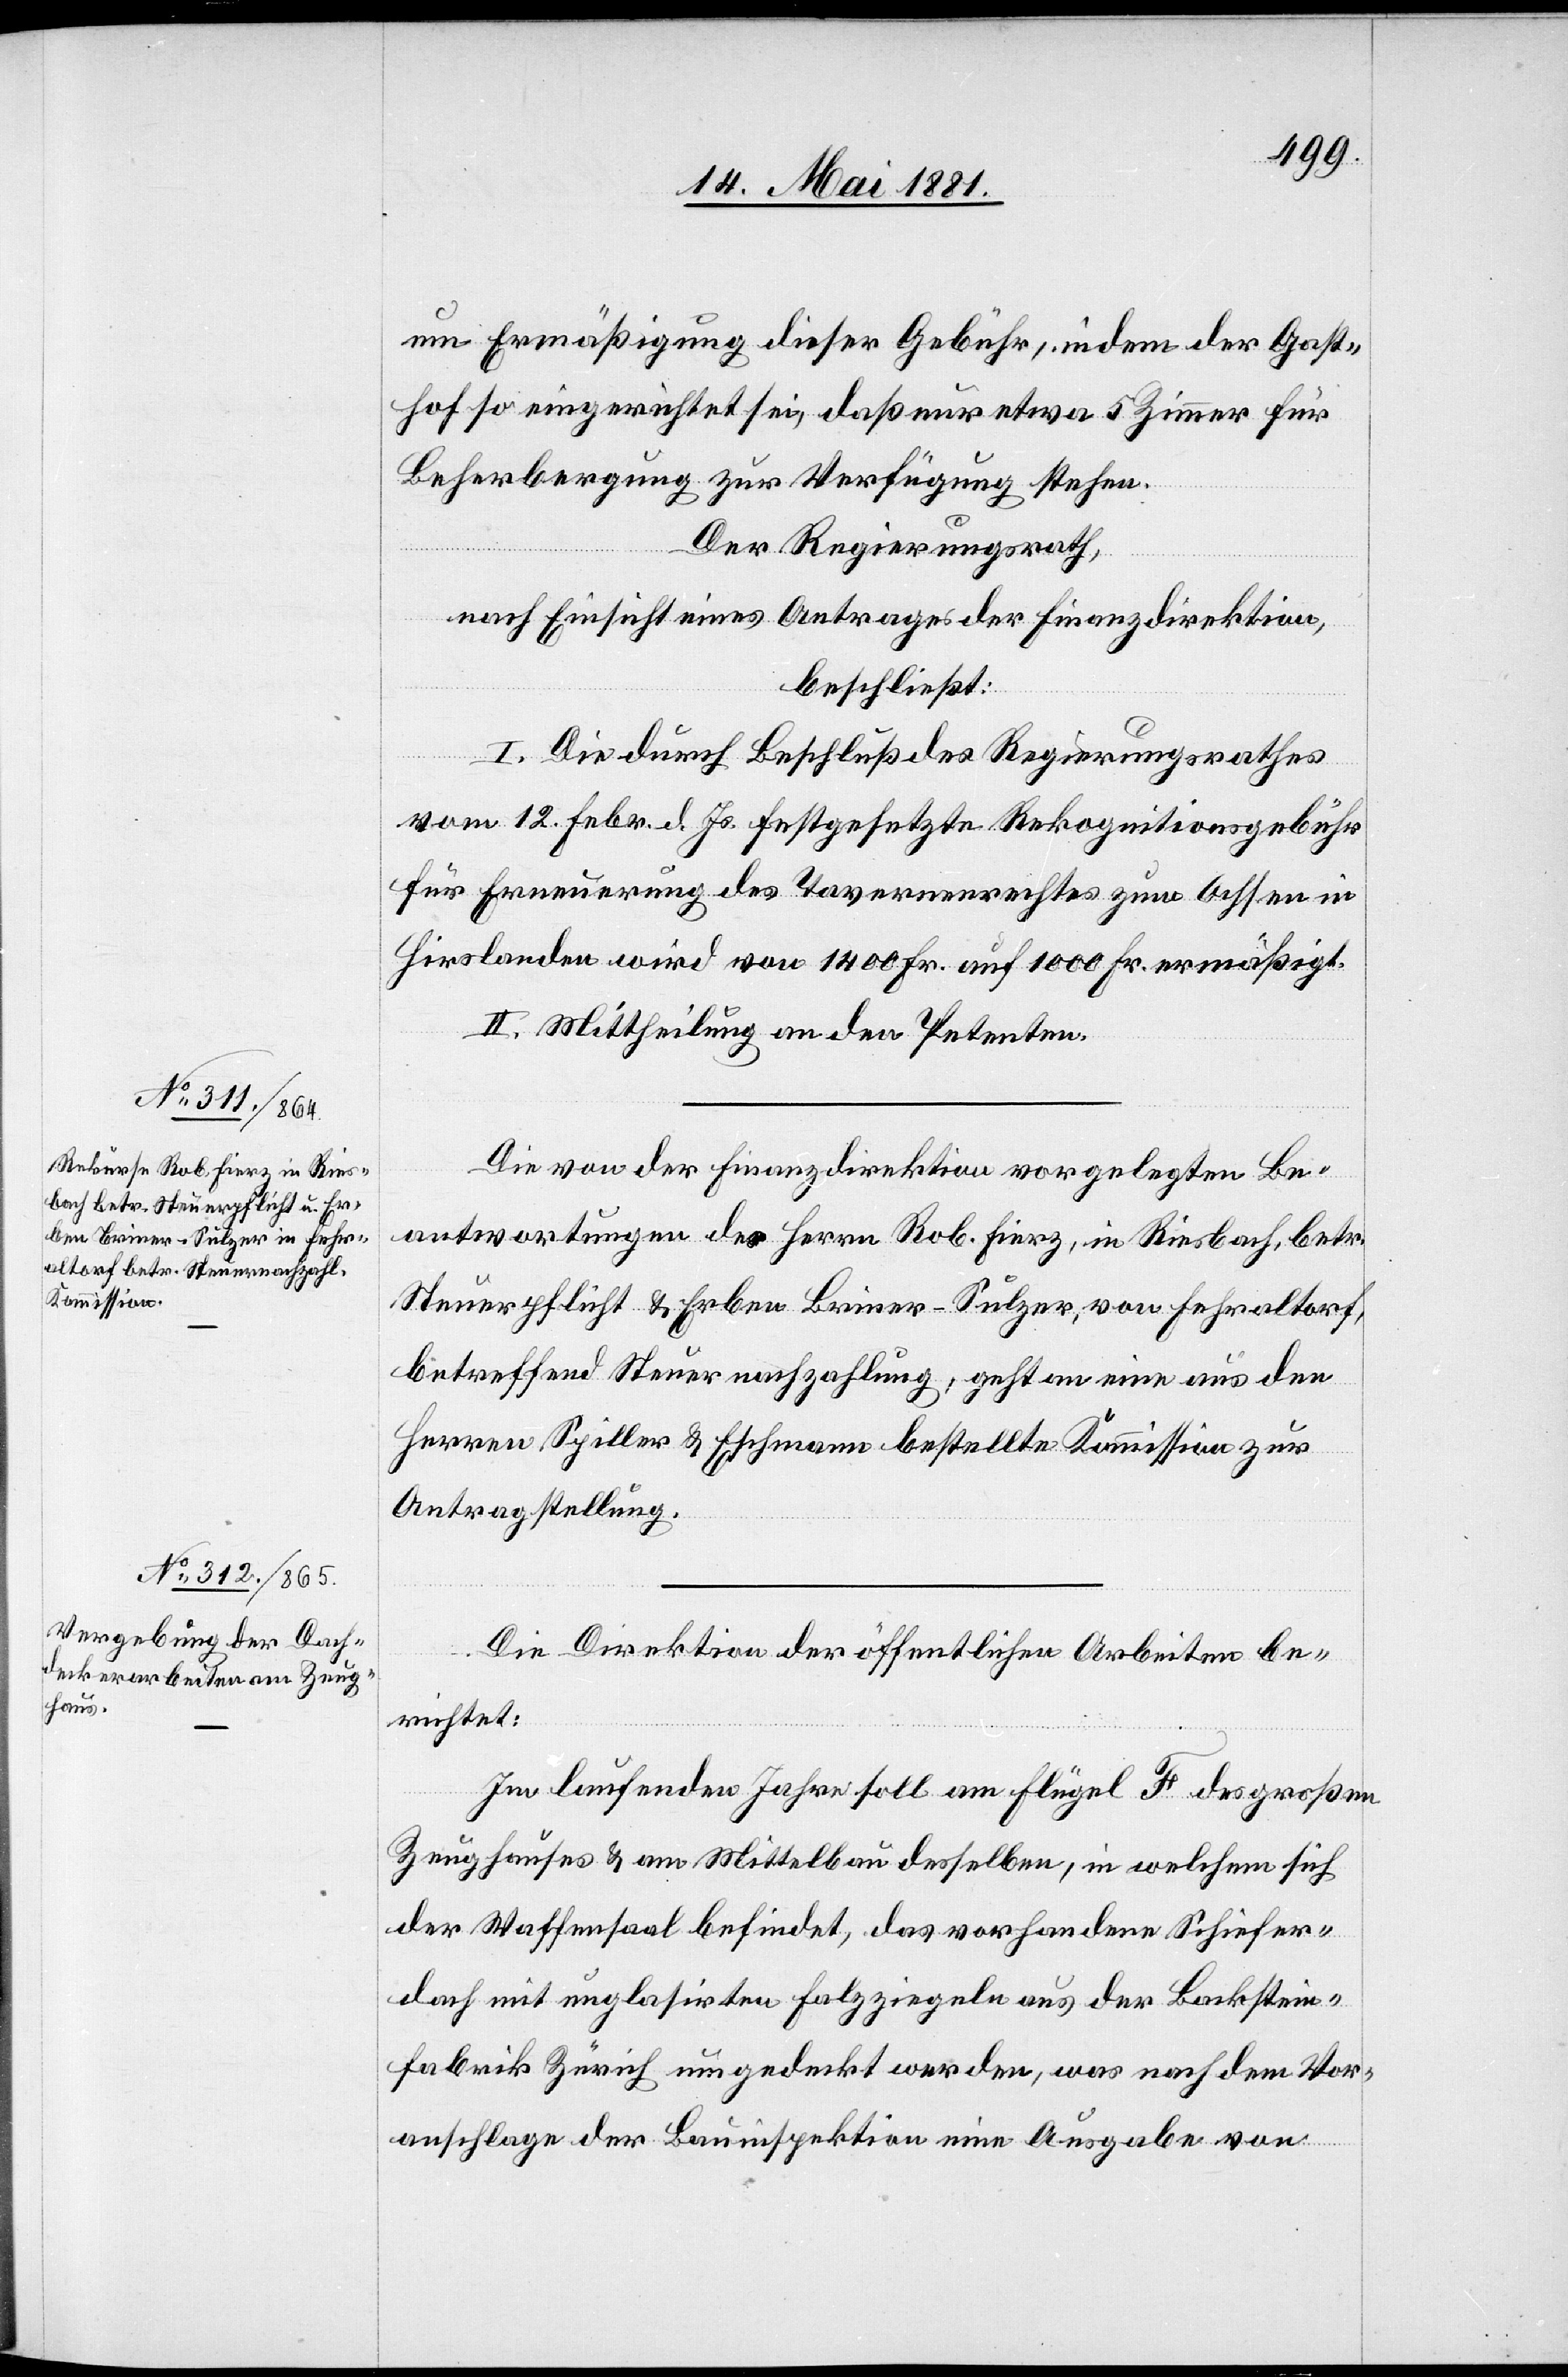
nun Ermäßigung dieser Gebühr, indem der Gast¬
hof so eingerichtet sei, daß nur etwa 5 Zimmer für
Beherbergung zur Verfügung stehen.
Der Regierungsrath,
nach Einsicht eines Antrages der Finanzdirektion,
beschließt:
I. Die durch Beschluß des Regierungsrathes
vom 12. Febr. d. Js. festgesetzte Rekognitionsgebühr
für Erneuerung des Tavernenrechtes zum Ochsen in
Hirslanden wird von 1400 Fr. auf 1000 Fr. ermäßigt.
II. Mittheilung an den Petenten.
Die von der Finanzdirektion vorgelegten Be¬
antwortungen des Herrn Rob. Fierz, in Riesbach, betr.
Steuerpflicht & Erben Briner-Sulzer, von Fehraltorf,
betreffend Steuernachzahlung, geht an eine aus den
Herren Spiller & Eschmann bestellte Kommission zur
Antragstellung.
Die Direktion der öffentlichen Arbeiten be¬
richtet:
Im laufenden Jahre soll an Flügel F des großen
Zeughauses & am Mittelbau desselben, in welchem sich
der Waffensaal befindet, das vorhandene Schiefer¬
dach mit unglasirten Holzziegeln aus der Backstein¬
fabrik Zürich umgedeckt werden, was nach dem Vor¬
anschlage der Bauinspektion eine Ausgabe von